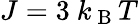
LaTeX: J=3\mathrm{~}k_{\mathrm{~B~}}T